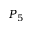
P _ { 5 }